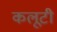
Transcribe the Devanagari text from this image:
कलूटी